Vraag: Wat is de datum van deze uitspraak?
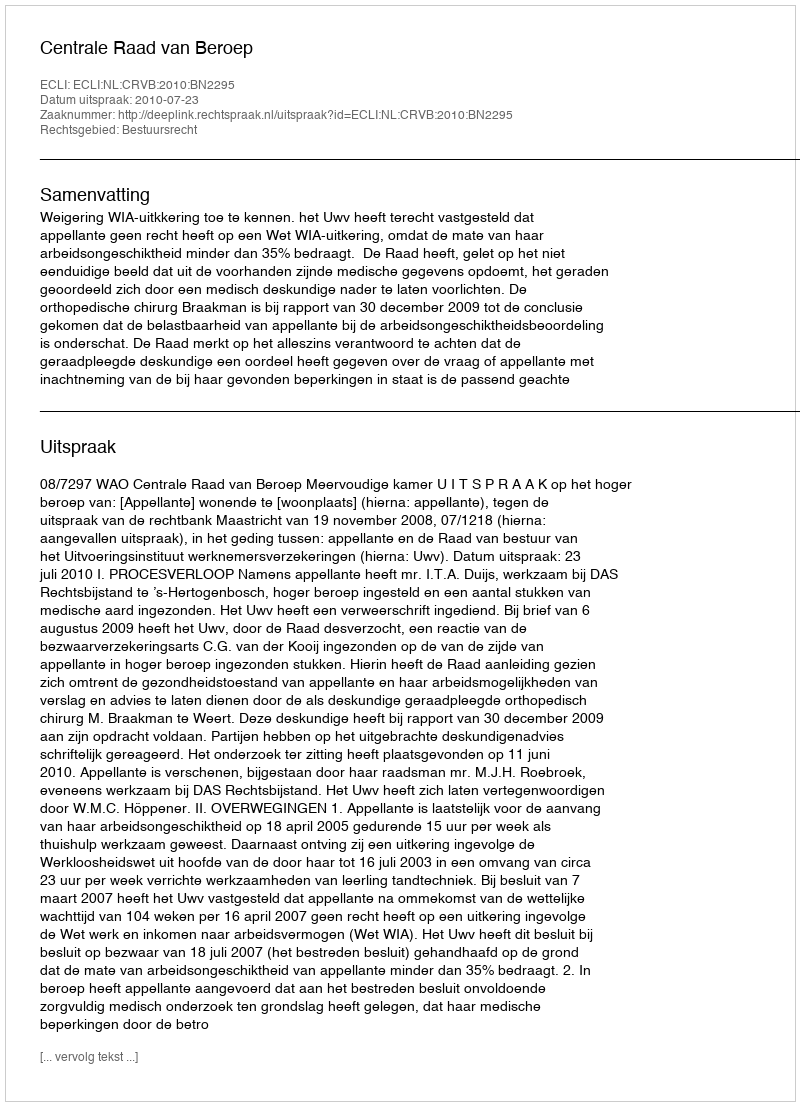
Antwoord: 2010-07-23